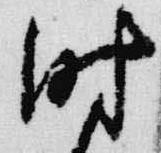
時